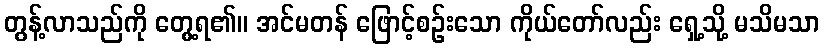
တွန့်လာသည်ကို တွေ့ရ၏။ အင်မတန် ဖြောင့်စဉ်းသော ကိုယ်တော်လည်း ရှေ့သို့ မသိမသာ